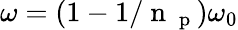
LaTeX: \omega=(1-1/\mathrm{~n~}_{\mathrm{~p~}})\omega_{0}